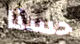
حسنا